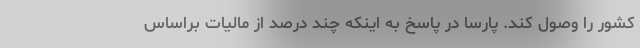
کشور را وصول کند. پارسا در پاسخ به اینکه چند درصد از مالیات براساس